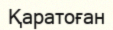
Қаратоған